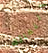
النفاثة